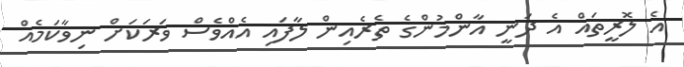
އެ ލޮރީތައް އެ ދަނީ އާންމުންގެ ތެރެއިން ލާފައި އެއްވެސް ވަރަކަށް ނިވާކަމެއް